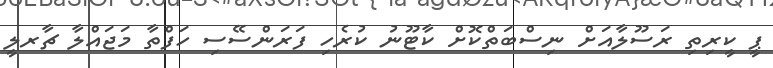
ޕީ ކީރިތި ރަސޫލާއަށް ނިސްބަތްކޮށް ކާޓޫނު ކުރެހި ފަރަންސޭސި ހަފްތާ މަޖައްލާ ޗާރލީ